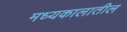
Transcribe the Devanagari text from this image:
मध्यकालातील